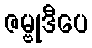
ဇမ္ဗုဒီပေ